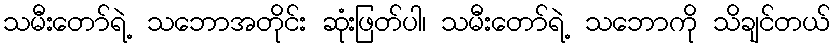
သမီးတော်ရဲ့ သဘောအတိုင်း ဆုံးဖြတ်ပါ၊ သမီးတော်ရဲ့ သဘောကို သိချင်တယ်